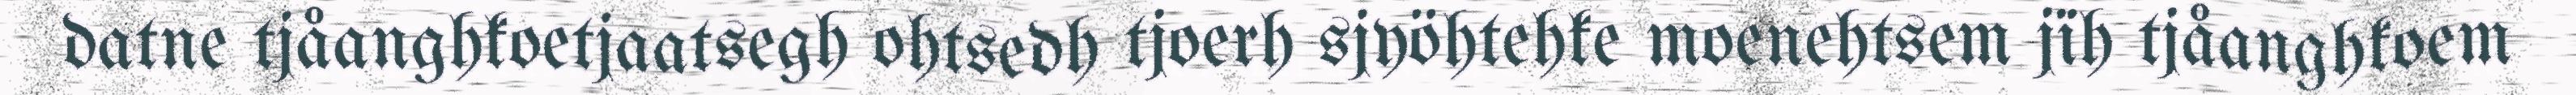
datne tjåanghkoetjaatsegh ohtsedh tjoerh sjyöhtehke moenehtsem jïh tjåanghkoem